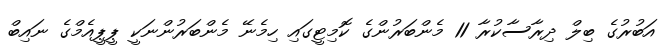
އަބުރުގެ ބިލް ދިރާސާކުރާ 11 މެންބަރުންގެ ކޮމިޓީގައި ހިމެނޭ މެންބަރުންނަކީ ޕީޕީއެމްގެ ނައިބް